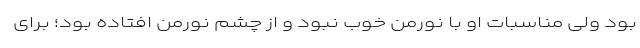
بود ولی مناسبات او با نورمن خوب نبود و از چشم نورمن افتاده بود؛ برای